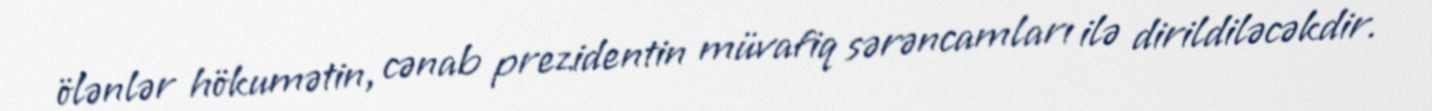
ölənlər hökumətin, cənab prezidentin müvafiq sərəncamları ilə dirildiləcəkdir.